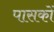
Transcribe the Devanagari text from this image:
पासकों